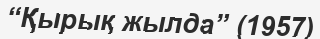
“Қырық жылда” (1957)